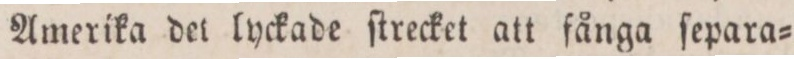
Amerika det lyckade ſtrecket att fånga ſepara=